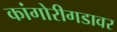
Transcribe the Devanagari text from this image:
कांगोरीगडावर